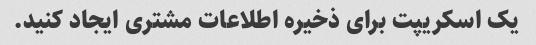
یک اسکریپت برای ذخیره اطلاعات مشتری ایجاد کنید.